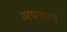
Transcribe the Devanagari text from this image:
अपकाय